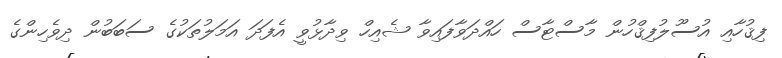
ފިޤުހާއި އުސޫލުފިޤްހުން މާސްޓާސް ހައްދަވާފައިވާ ޝެއިހް ވިދާޅުވީ އެފަދަ އަމަލުތަކުގެ ސަބަބުން ދިވެހިންގެ